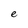
Character: e